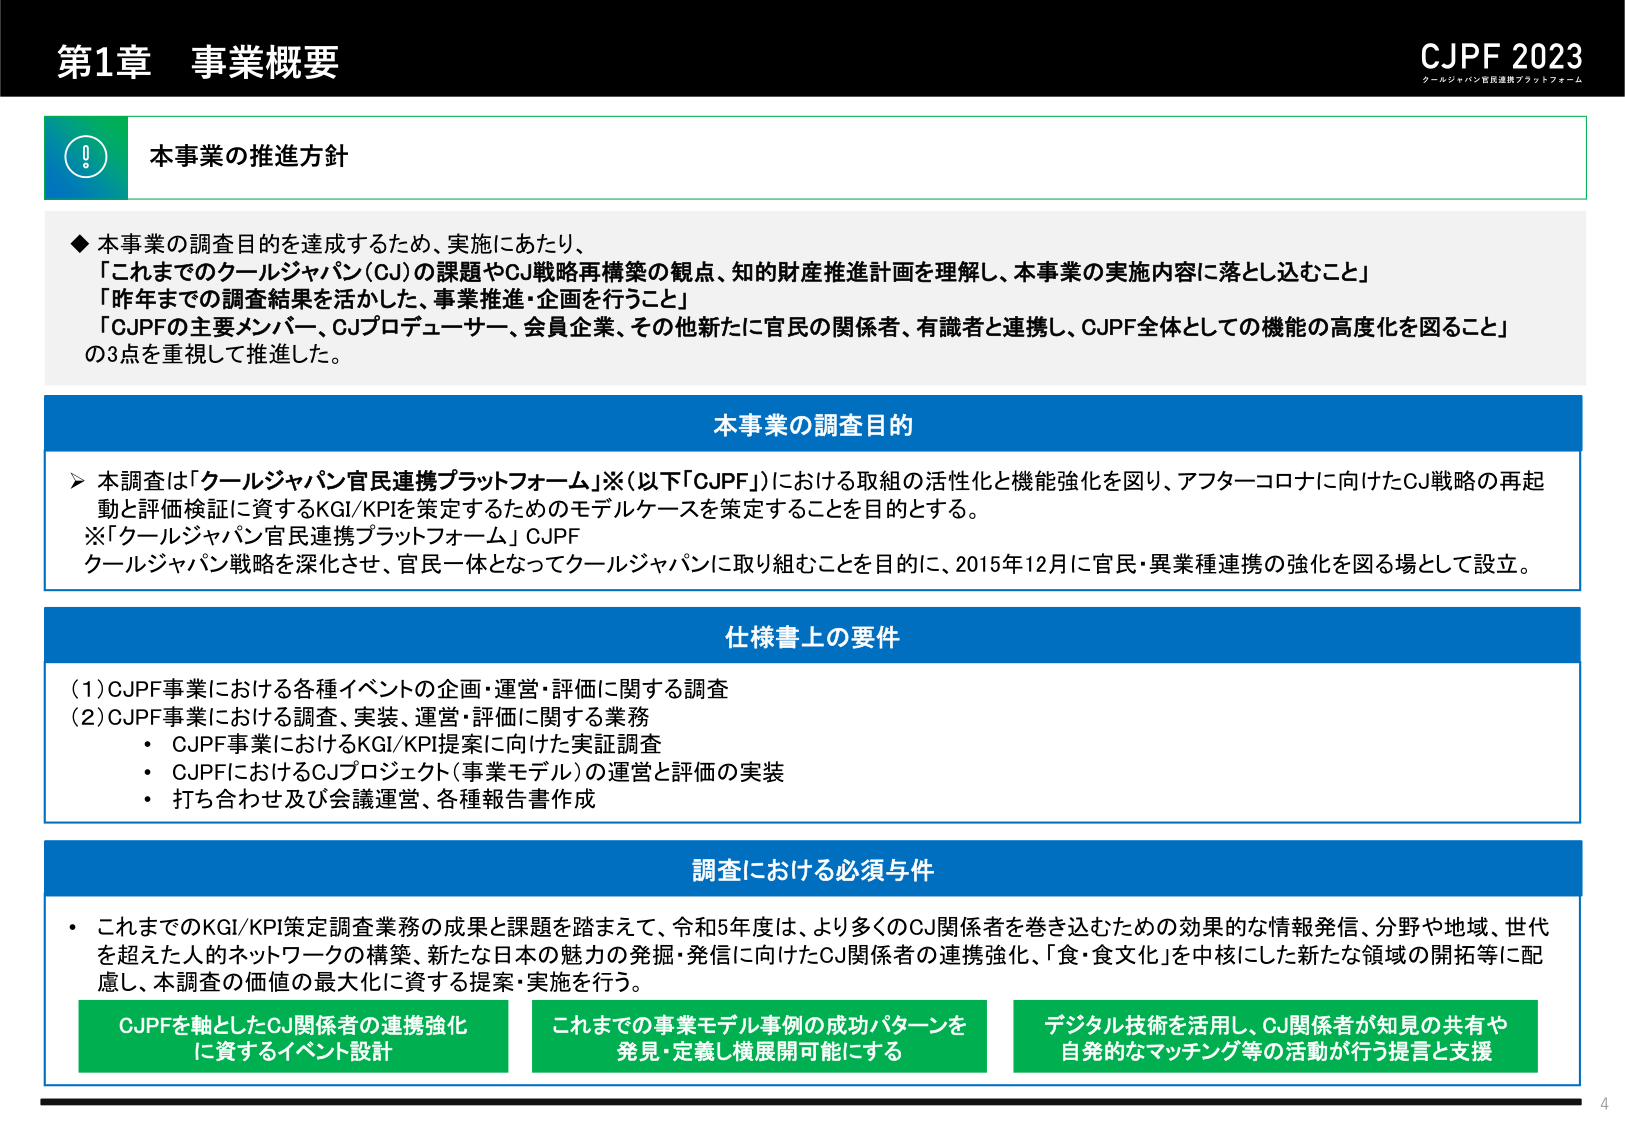
第1章 事業概要

CJPF 2023
クールジャパン官民連携プラットフォーム

本事業の推進方針

◆ 本事業の調査目的を達成するため、実施にあたり、
「これまでのクールジャパン（CJ）の課題やCJ戦略再構築の観点、知的財産推進計画を理解し、本事業の実施内容に落とし込むこと」
「昨年までの調査結果を活かした、事業推進・企画を行うこと」
「CJPFの主要メンバー、CJプロデューサー、会員企業、その他新たに官民の関係者、有識者と連携し、CJPF全体としての機能の高度化を図ること」
の3点を重視して推進した。

本事業の調査目的

▶ 本調査は「クールジャパン官民連携プラットフォーム」※（以下「CJPF」）における取組の活性化と機能強化を図り、アフターコロナに向けたCJ戦略の再起動と評価検証に資するKGI/KPIを策定するためのモデルケースを策定することを目的とする。
※「クールジャパン官民連携プラットフォーム」CJPF
クールジャパン戦略を深化させ、官民一体となってクールジャパンに取り組むことを目的に、2015年12月に官民・異業種連携の強化を図る場として設立。

仕様書上の要件

(1) CJPF事業における各種イベントの企画・運営・評価に関する調査
(2) CJPF事業における調査、実装、運営・評価に関する業務
・ CJPF事業におけるKGI/KPI提案に向けた実証調査
・ CJPFにおけるCJプロジェクト（事業モデル）の運営と評価の実装
・ 打ち合わせ及び会議運営、各種報告書作成

調査における必須要件

・ これまでのKGI/KPI策定調査業務の成果と課題を踏まえて、令和5年度は、より多くのCJ関係者を巻き込むための効果的な情報発信、分野や地域、世代を超えた人的ネットワークの構築、新たな日本の魅力の発掘・発信に向けたCJ関係者の連携強化、「食・食文化」を中核にした新たな領域の開拓等に配慮し、本調査の価値の最大化に資する提案・実施を行う。

CJPFを軸としたCJ関係者の連携強化
に資するイベント設計

これまでの事業モデル事例の成功パターンを
発見・定義し横展開可能にする

デジタル技術を活用し、CJ関係者が知見の共有や
自発的なマッチング等の活動が行う提言と支援

4